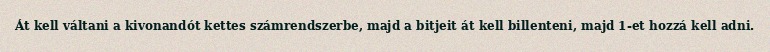
Át kell váltani a kivonandót kettes számrendszerbe, majd a bitjeit át kell billenteni, majd 1-et hozzá kell adni.